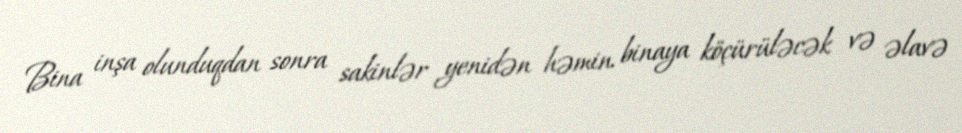
Bina inşa olunduqdan sonra sakinlər yenidən həmin binaya köçürüləcək və əlavə